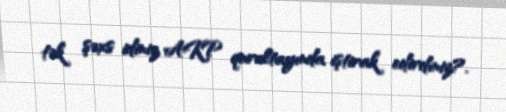
tək şəxs idiniz AKP qurultayında iştirak edirdiniz?.